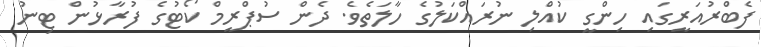
ފެބްރުއަރީގައި ހިންގީ ކުއްލި ނުރައްކަލުގެ ހާލަތެވެ. ދެން ސުޕްރީމް ކޯޓުގެ ފުރާޅުން ޓިނު